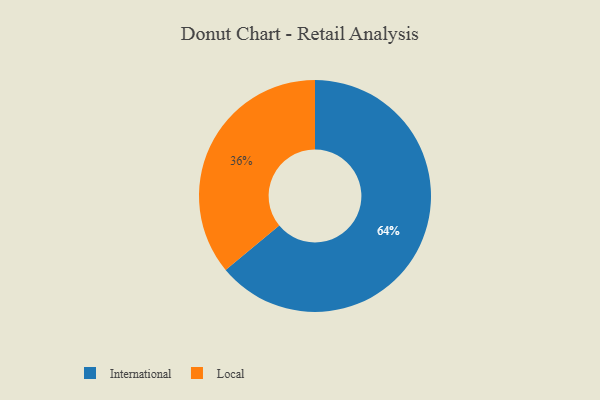
{"axis": {"x": "Category", "y": "Percentage"}, "legend": ["International", "Local"], "data": [{"x": "Local", "y": 36, "type": "Local"}, {"x": "International", "y": 64, "type": "International"}]}